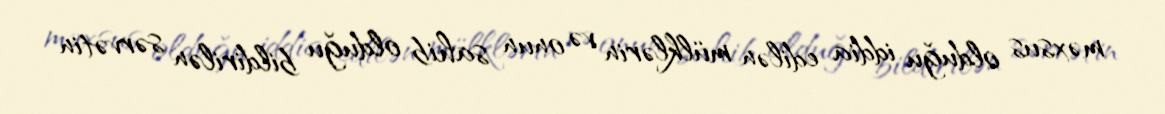
məxsus olduğu iddia edilən mülklərin və onun sahib olduğu bildirilən sərvətin